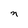
Character: n